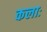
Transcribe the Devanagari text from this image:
कलाः